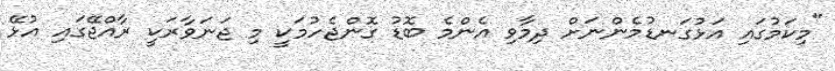
"މިކަމުގައި އަޅުގަނޑުމެންނަށް ދިމާވި އެންމެ ބޮޑު ގޮންޖެހުމަކީ މި ޖަނަވާރަކީ ރާއްޖޭގައި އުޅޭ